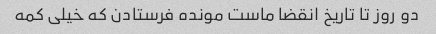
دو روز تا تاریخ انقضا ماست مونده فرستادن که خیلی کمه